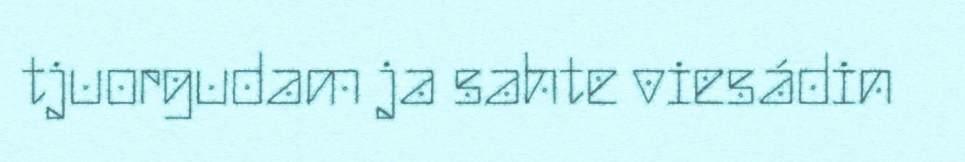
tjuorgudam ja sahte viesádin